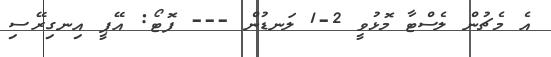
އެ މެޗުން ލެސްޓާ މޮޅުވީ 2-1 ލަނޑުން --- ފޮޓޯ: އޭޕީ އިނގިރޭސި